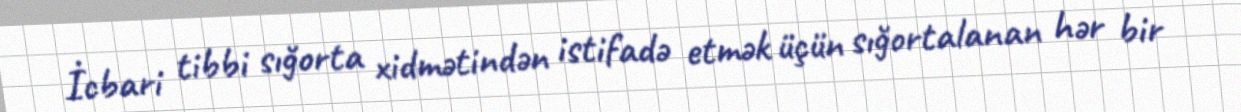
İcbari tibbi sığorta xidmətindən istifadə etmək üçün sığortalanan hər bir